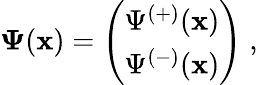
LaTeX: {\mathbf\Psi}({\mathbf x})=\left(\begin{array}{c}{{\Psi^{(+)}({\mathbf x})}}\\ {{\Psi^{(-)}({\mathbf x})}}\end{array}\right)\; ,